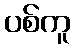
ပစ်ကူ